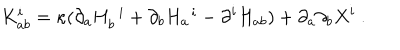
K _ { a b } ^ { i } = \kappa ( \partial _ { a } H _ { b } ^ { \hspace { 0 . 5 e m } i } + \partial _ { b } H _ { a } ^ { \hspace { 0 . 5 e m } i } - \partial ^ { i } H _ { a b } ) + \partial _ { a } \partial _ { b } X ^ { i } ~ .